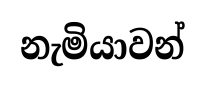
නැමියාවන්